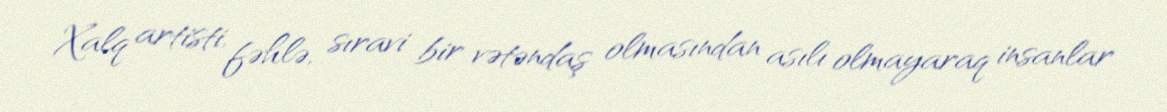
Xalq artisti, fəhlə, sıravi bir vətəndaş olmasından asılı olmayaraq insanlar